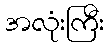
အလုံးကြီး